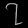
Digit: ၇